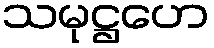
သမုဋ္ဌဟေ